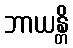
ဘာယန္တိ